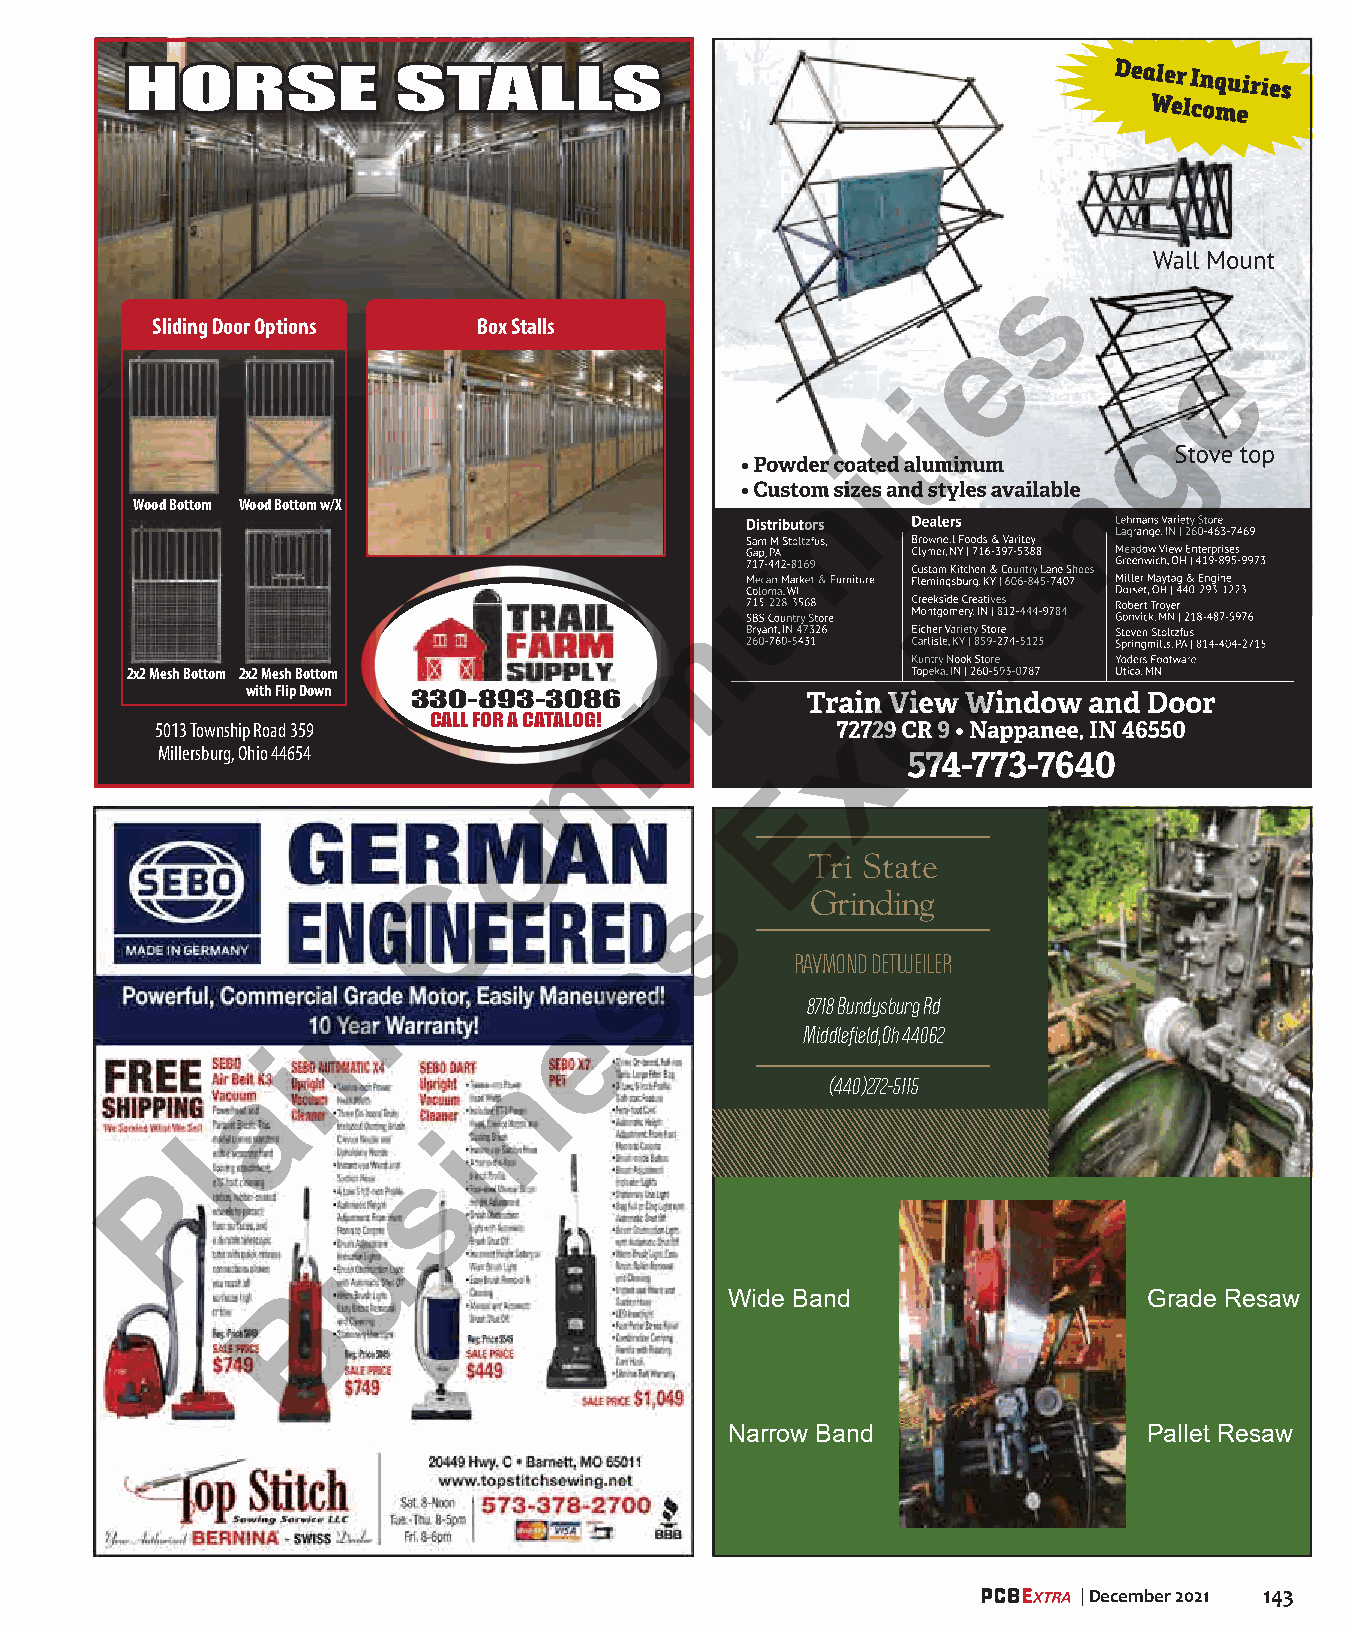
HORSE             STALLS
 s
 Sliding Door Options  Box Stalls
 e
 e
 i
 g
 t
 i
 n
 n
 Wood Bottom Wood Bottom w/X
 a
 u
 h
 m
 2x2 Mesh Bottom 2x2 Mesh Bottom                     c
 with Flip Down
 330-893-3086
 CALL FOR A CATALOG!m
 5013 Township Road 359                        x
 Millersburg, Ohio 44654
 E
 o
 Tri State
 C
 s        Grinding
 s
 RAYMOND DETWEILER
 n
 8718 Bundysburg Rd
 e
 Middlefield,Oh 44062
 i
 n
 a                                     (440)272-5115
 i
 l
 s
 P
 u
 B                           Wide Band                   Grade Resaw
 Narrow Band                 Pallet Resaw
 | December 2021 143